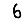
Digit: 6